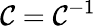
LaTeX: {\mathcal{C}}={\mathcal{C}}^{-1}